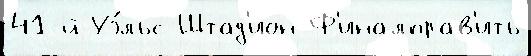
41-й Уэ́льс Штад'ион Ф'иналправ'ить